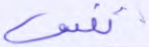
نفس